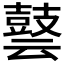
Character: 𪔎